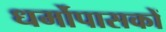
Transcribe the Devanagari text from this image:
धर्मोपासकों